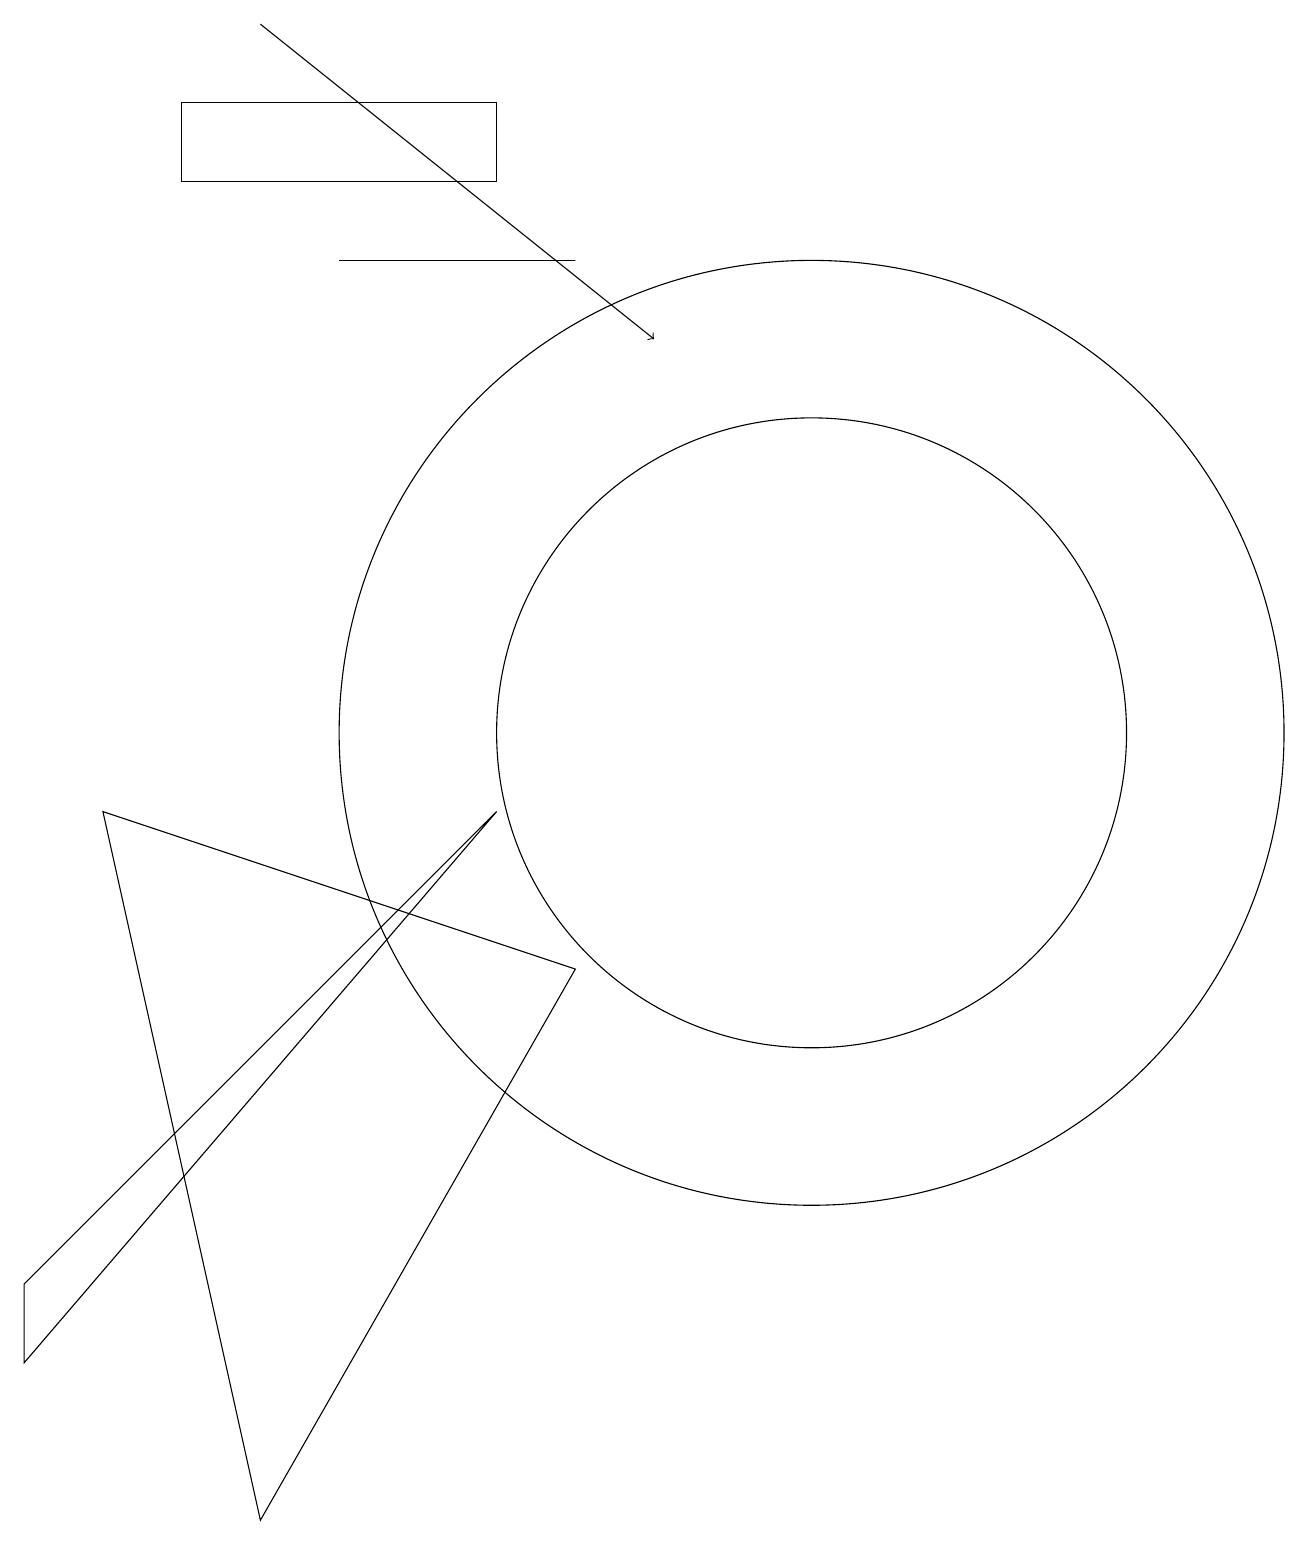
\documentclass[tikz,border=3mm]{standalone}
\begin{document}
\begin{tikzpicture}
\draw (7,16) rectangle (4,16);
\draw (6,9) -- (0,2) -- (0,3) -- cycle;
\draw (6,18) rectangle (2,17);
\draw (10,10) circle (6);
\draw (3,0) -- (1,9) -- (7,7) -- cycle;
\draw (10,10) circle (4);
\draw[->] (3,19) -- (8,15);
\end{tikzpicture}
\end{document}